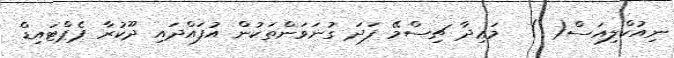
ނިއުކްލިއަސް( )  މަޢިދާ ޗިސްމޭ ފަދަ ގުނަވަންތަކުން އުފައްދައި ދޫކުރާ ޕެޕްޓައިޑް